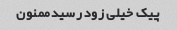
پیک خیلی زود رسیدممنون